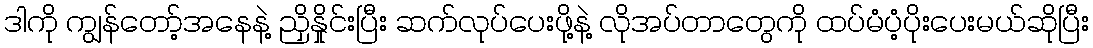
ဒါကို ကျွန်တော့်အနေနဲ့ ညှိနှိုင်းပြီး ဆက်လုပ်ပေးဖို့နဲ့ လိုအပ်တာတွေကို ထပ်မံပံ့ပိုးပေးမယ်ဆိုပြီး